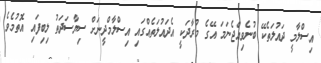
އިސްލާމީ ދައުލަތެކޭ ބުނެވިއްޖެނަމަ އޭގެ މުރާދަކީ އެދައުލަތެއްގައި އިސްލާމްދީނަށް ސިޔާސަދަތު ލިބިފައި އޮތުމެވެ.